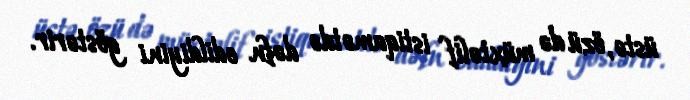
üstə, özü də müxtəlif istiqamətdə dəfn edildiyini göstərir.